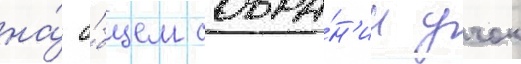
на́ о́бщем собра́н'ии учок